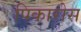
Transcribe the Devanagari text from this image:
पिकारोस